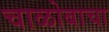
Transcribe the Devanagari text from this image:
चाळोबाचा